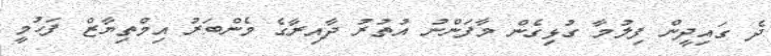
ދެ ގައިދީން ފިލުމާ ގުޅިގެން މާފަންނު އުތުރު ދާއިރާގެ މެންބަރު އިމްތިޔާޒް ފަހުމީ